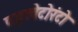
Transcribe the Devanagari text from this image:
पहलेटोरंटो